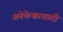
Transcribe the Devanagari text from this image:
अनेकेश्वरवादी